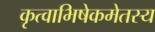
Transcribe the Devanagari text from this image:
कृत्वाभिषेकमेतस्य